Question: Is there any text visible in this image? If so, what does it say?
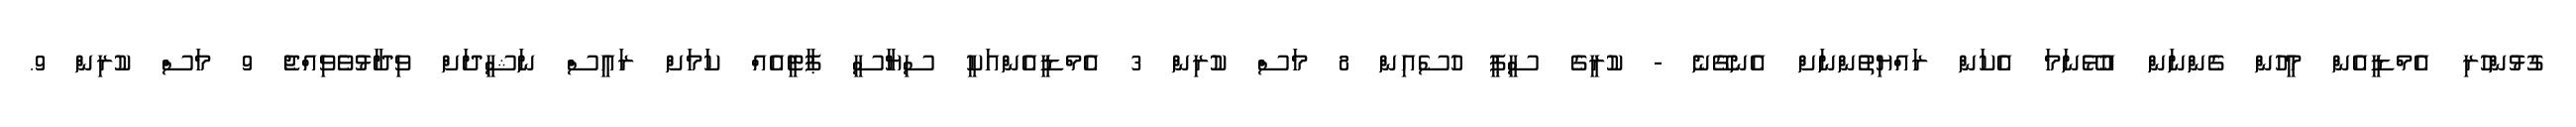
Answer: ގުޅުންހުރި އެމްޑީއެން މީހުން ގެންނަން އުޅޭނަމަ އެކަން ރައްޔިތުންނަށް އެނގޭނެ - ކުރީގެ ސީޕީ ހުސެއިން 8 މަސް ކުރިން 3 އެމްޑީއެންއަކީ ސިޔާސީ ޕާޓީއެއް ކަމަށް ރައީސް ނަޝީދަށް ވިދާޅުވެވިއްޖެ 9 މަސް ކުރިން 9.